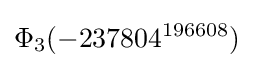
\Phi _{3}(-237804^{196608})